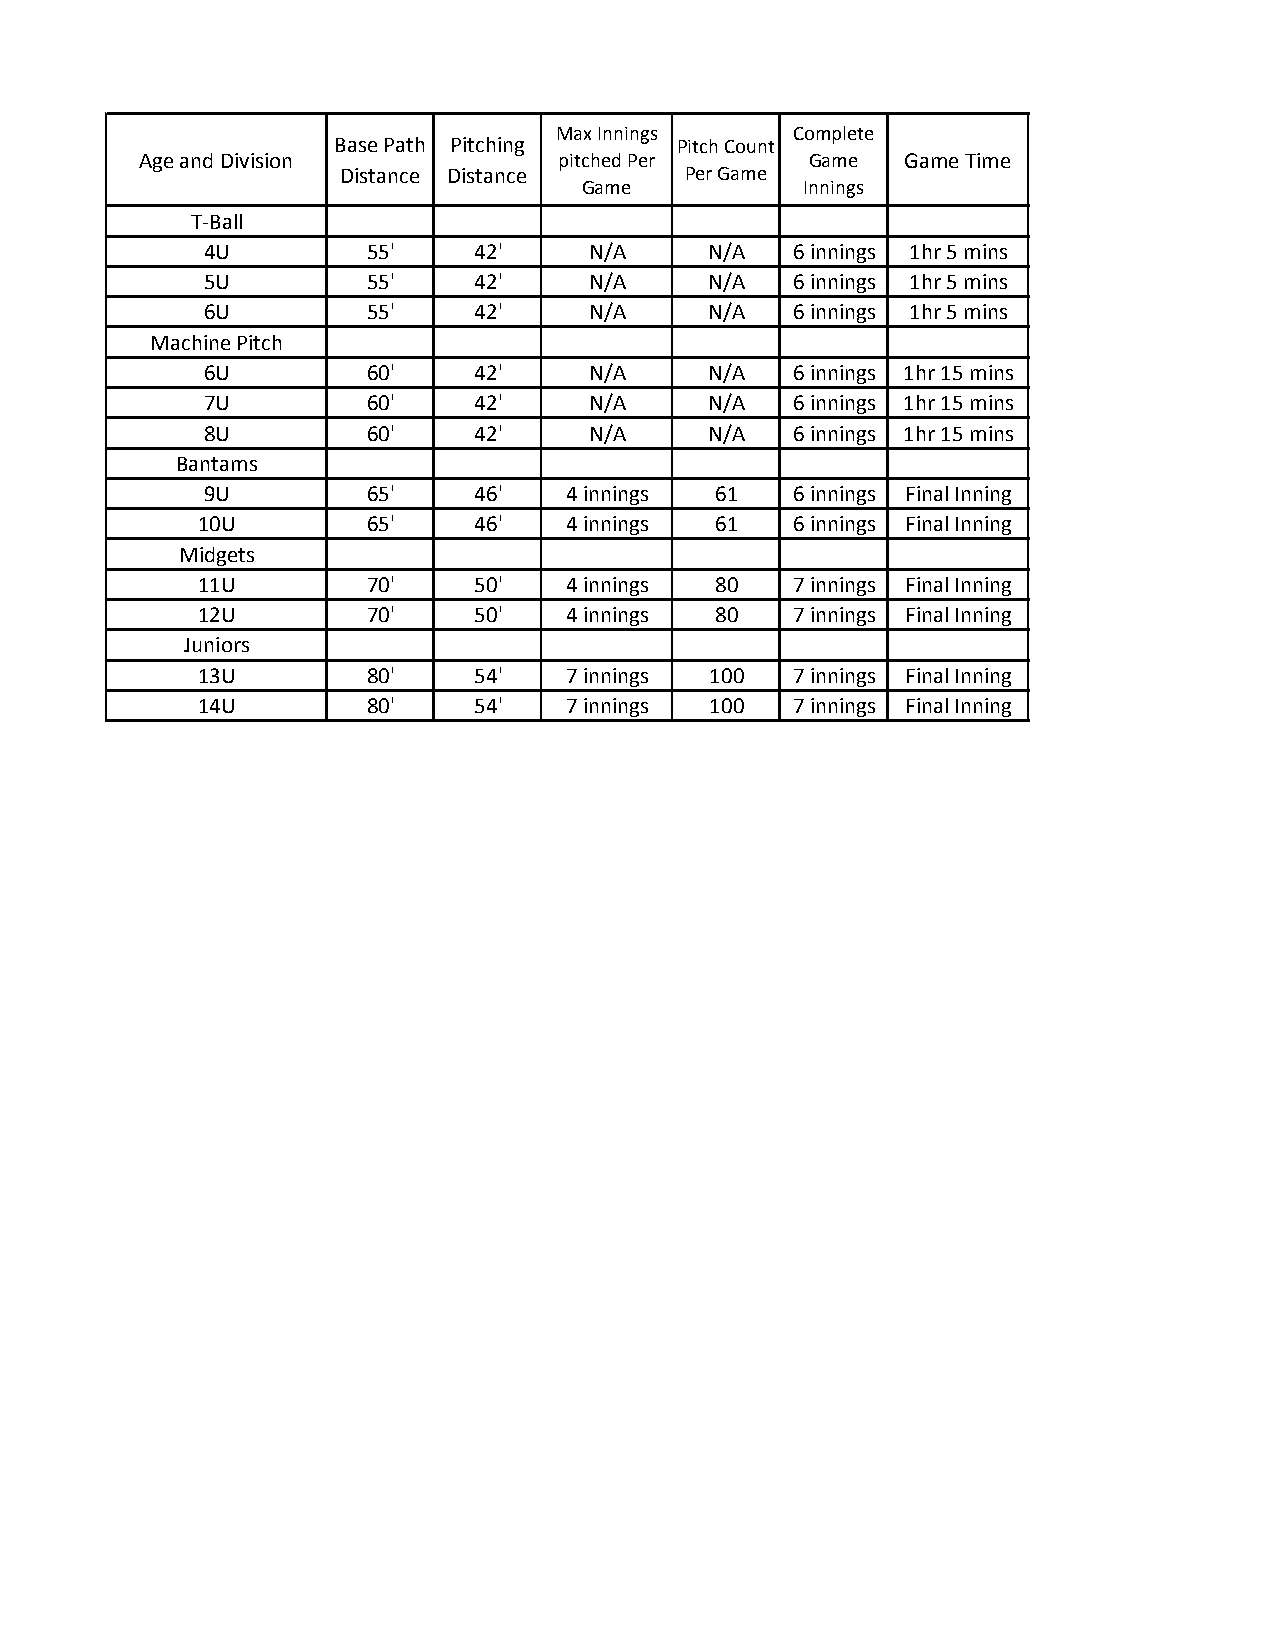
Max Innings    Complete
 Base Path Pitching     Pitch Count
 Age and Division            pitched Per      Game  Game Time
 Distance Distance      Per Game
 Game          Innings
 T-Ball
 4U         55'    42'     N/A     N/A  6 innings 1hr 5 mins
 5U         55'    42'     N/A     N/A  6 innings 1hr 5 mins
 6U         55'    42'     N/A     N/A  6 innings 1hr 5 mins
 Machine Pitch
 6U         60'    42'     N/A     N/A  6 innings 1hr 15 mins
 7U         60'    42'     N/A     N/A  6 innings 1hr 15 mins
 8U         60'    42'     N/A     N/A  6 innings 1hr 15 mins
 Bantams
 9U         65'    46'   4 innings 61   6 innings Final Inning
 10U        65'    46'   4 innings 61   6 innings Final Inning
 Midgets
 11U        70'    50'   4 innings 80   7 innings Final Inning
 12U        70'    50'   4 innings 80   7 innings Final Inning
 Juniors
 13U        80'    54'   7 innings 100  7 innings Final Inning
 14U        80'    54'   7 innings 100  7 innings Final Inning